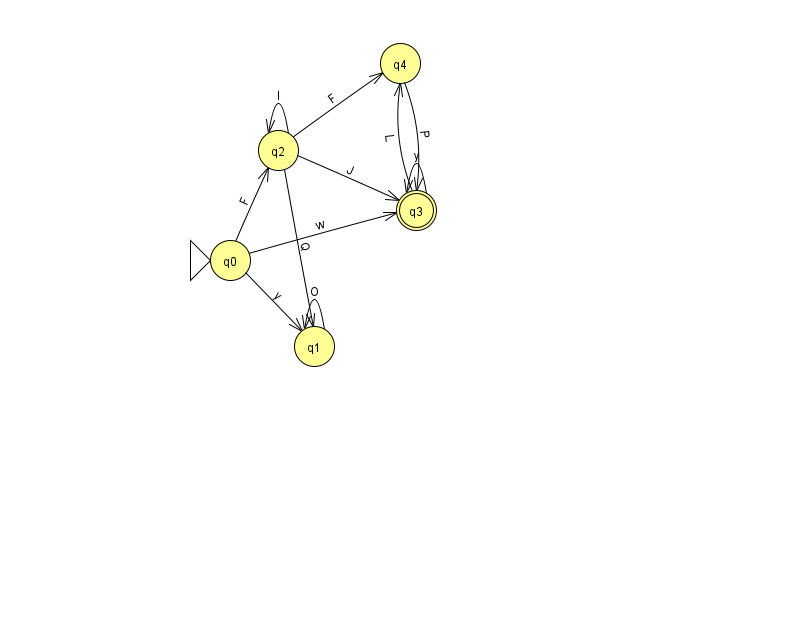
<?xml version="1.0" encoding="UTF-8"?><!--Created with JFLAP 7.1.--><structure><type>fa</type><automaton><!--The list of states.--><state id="0" name="q0"><x>230.0</x><y>247.0</y><initial/></state><state id="1" name="q1"><x>314.0</x><y>333.0</y></state><state id="2" name="q2"><x>278.0</x><y>137.0</y></state><state id="3" name="q3"><x>416.0</x><y>197.0</y><final/></state><state id="4" name="q4"><x>400.0</x><y>50.0</y></state><!--The list of transitions.--><transition><from>3</from><to>4</to><read>L</read></transition><transition><from>2</from><to>3</to><read>J</read></transition><transition><from>2</from><to>4</to><read>F</read></transition><transition><from>0</from><to>3</to><read>w</read></transition><transition><from>0</from><to>1</to><read>y</read></transition><transition><from>2</from><to>2</to><read>I</read></transition><transition><from>3</from><to>3</to><read>y</read></transition><transition><from>0</from><to>2</to><read>F</read></transition><transition><from>4</from><to>3</to><read>P</read></transition><transition><from>2</from><to>1</to><read>Q</read></transition><transition><from>1</from><to>1</to><read>O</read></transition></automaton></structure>